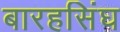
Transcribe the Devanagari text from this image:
बारहसिंघ